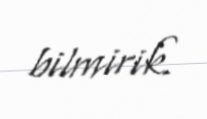
bilmirik.